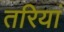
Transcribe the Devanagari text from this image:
तरियां